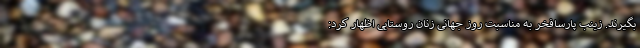
بگیرند. زینب پارسافخر به مناسبت روز جهانی زنان روستایی اظهار کرد: